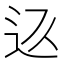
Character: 𲅏